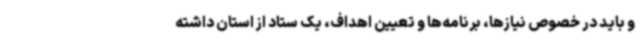
و باید در خصوص نیازها، برنامه‌ها و تعیین اهداف، یک ستاد از استان داشته